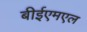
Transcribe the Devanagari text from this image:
बीईएमएल